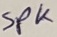
Text: SPK